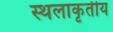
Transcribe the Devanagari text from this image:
स्थलाकृतीय